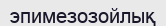
эпимезозойлық